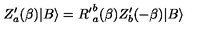
Z _ { a } ^ { \prime } ( \beta ) | B \rangle = { R ^ { \prime } } _ { a } ^ { b } ( \beta ) Z _ { b } ^ { \prime } ( - \beta ) | B \rangle